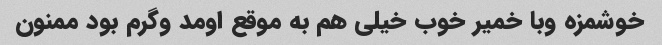
خوشمزه وبا خمیر خوب خیلی هم به موقع اومد وگرم بود ممنون